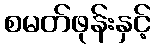
စမတ်ဖုန်းနှင့်